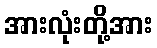
အားလုံးတို့အား